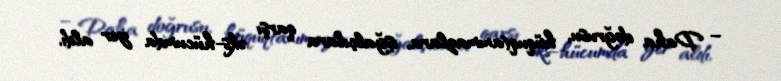
– Daha doğrusu, hüquqtanımazlara, işğalçılara qarşı əks-hücumda yer aldı,